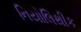
નિયોલિથીક